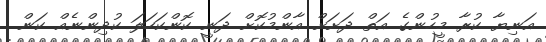
އަނިޔާ ކުރާ މީހުންގެ އަތް ދަށަށް އާންމުކޮށް ދަނީ ކޮންކަހަލަ ކުދިންނެއް ކަން